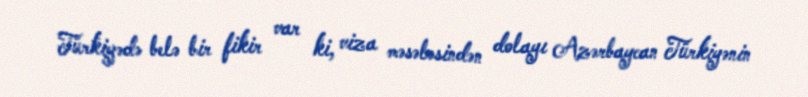
Türkiyədə belə bir fikir var ki, viza məsələsindən dolayı Azərbaycan Türkiyənin